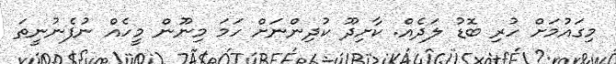
މިގައުމަށް ހުރި ބޮޑު ލަދެއް. ކާށިދޫ ކުދިންނަށް ހަމަ މިނޫން މީހެއް ނުފެނުނީތަ